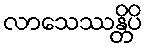
လာသေဿန္တိပိ